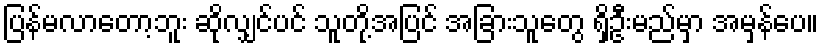
ပြန်မလာတော့ဘူး ဆိုလျှင်ပင် သူတို့အပြင် အခြားသူတွေ ရှိဦးမည်မှာ အမှန်ပေ။